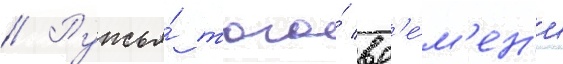
// Ружья́ того́ вр'е́м'ен'и